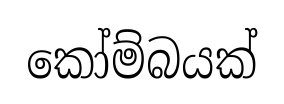
කෝම්බයක්